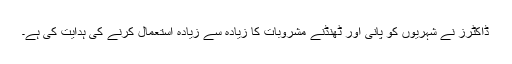
ڈاکٹرز نے شہریوں کو پانی اور ٹھنڈنے مشروبات کا زیادہ سے زیادہ استعمال کرنے کی ہدایت کی ہے۔